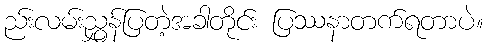
ည်းလမ်းညွှန်ပြတဲ့အခါတိုင်း ပြဿနာတက်ရတာပဲ။